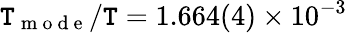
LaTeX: \mathtt{T}_{\mathrm{{~m~o~d~e~}}}/\mathtt{T}=1.664(4)\times10^{-3}